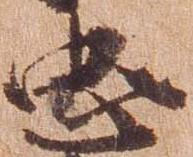
忠